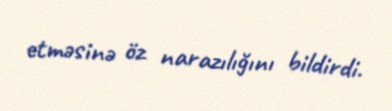
etməsinə öz narazılığını bildirdi.